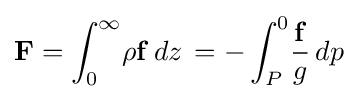
\mathbf {F} =\int _{0}^{\infty }\!\rho \mathbf {f} \,dz\,=-\int _{P}^{0}\!{\frac {\mathbf {f} }{g}}\,dp